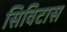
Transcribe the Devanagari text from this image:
सिविटास